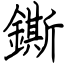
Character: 鐁